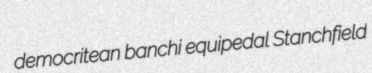
democritean banchi equipedal Stanchfield